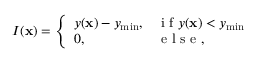
I ( \mathbf { x } ) = \left\{ \begin{array} { l l } { y ( \mathbf { x } ) - y _ { \operatorname* { m i n } } , } & { \mathrm { ~ i ~ f ~ } y ( \mathbf { x } ) < y _ { \operatorname* { m i n } } } \\ { 0 , } & { \mathrm { ~ e ~ l ~ s ~ e ~ } , } \end{array} \right.